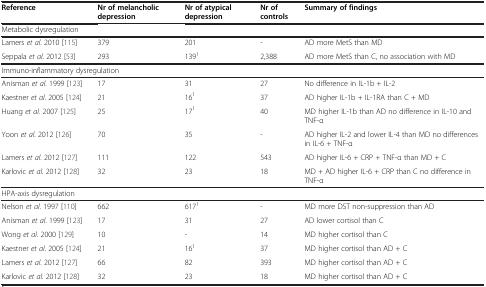
<table><thead><tr><td><b>Reference</b></td><td><b>Nr of melancholic depression</b></td><td><b>Nr of atypical depression</b></td><td><b>Nr of controls</b></td><td><b>Summary of findings</b></td></tr></thead><tbody><tr><td colspan="5">Metabolic dysregulation</td></tr><tr><td>Lamers <i>et al</i>. 2010 [115]</td><td>379</td><td>201</td><td>-</td><td>AD more MetS than MD</td></tr><tr><td>Seppala <i>et al</i>. 2012 [53]</td><td>293</td><td>139<sup>1</sup></td><td>2,388</td><td>AD more MetS than C, no association with MD</td></tr><tr><td colspan="5">Immuno-inflammatory dysregulation</td></tr><tr><td>Anisman <i>et al</i>. 1999 [123]</td><td>17</td><td>31</td><td>27</td><td>No difference in IL-1b + IL-2</td></tr><tr><td>Kaestner <i>et al</i>. 2005 [124]</td><td>21</td><td>16<sup>1</sup></td><td>37</td><td>AD higher IL-1b + IL-1RA than C + MD</td></tr><tr><td>Huang <i>et al</i>. 2007 [125]</td><td>25</td><td>17<sup>1</sup></td><td>40</td><td>MD higher IL-1b than AD no difference in IL-10 and TNF-α</td></tr><tr><td>Yoon <i>et al</i>. 2012 [126]</td><td>70</td><td>35</td><td>-</td><td>AD higher IL-2 and lower IL-4 than MD no differences in IL-6 + TNF-α</td></tr><tr><td>Lamers <i>et al</i>. 2012 [127]</td><td>111</td><td>122</td><td>543</td><td>AD higher IL-6 + CRP + TNF-α than MD + C</td></tr><tr><td>Karlovic <i>et al</i>. 2012 [128]</td><td>32</td><td>23</td><td>18</td><td>MD + AD higher IL-6 + CRP than C no difference in TNF-α</td></tr><tr><td colspan="5">HPA-axis dysregulation</td></tr><tr><td>Nelson <i>et al</i>. 1997 [110]</td><td>662</td><td>617<sup>1</sup></td><td>-</td><td>MD more DST non-suppression than AD</td></tr><tr><td>Anisman <i>et al</i>. 1999 [123]</td><td>17</td><td>31</td><td>27</td><td>AD lower cortisol than C</td></tr><tr><td>Wong <i>et al</i>. 2000 [129]</td><td>10</td><td>-</td><td>14</td><td>MD higher cortisol than C</td></tr><tr><td>Kaestner <i>et al</i>. 2005 [124]</td><td>21</td><td>16<sup>1</sup></td><td>37</td><td>MD higher cortisol than AD + C</td></tr><tr><td>Lamers <i>et al</i>. 2012 [127]</td><td>66</td><td>82</td><td>393</td><td>MD higher cortisol than AD + C</td></tr><tr><td>Karlovic <i>et al</i>. 2012 [128]</td><td>32</td><td>23</td><td>18</td><td>MD higher cortisol than AD + C</td></tr></tbody></table>